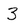
Character: 3